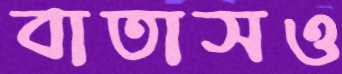
বাতাসও